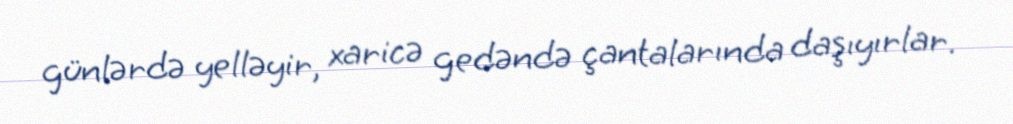
günlərdə yelləyir, xaricə gedəndə çantalarında daşıyırlar.